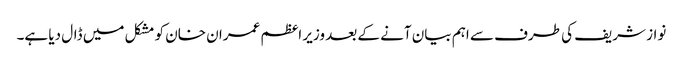
نواز شریف کی طرف سے اہم بیان آنے کے بعد وزیر اعظم عمران خان کو مشکل میں ڈال دیا ہے۔